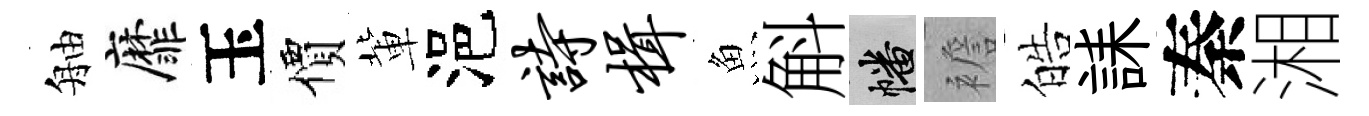
舳靡玉價軰浥诗楫魚斛幡襜皓誄秦湘